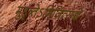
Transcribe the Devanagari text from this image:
मुहूत्र्तेऽभिजित्संज्ञे।।